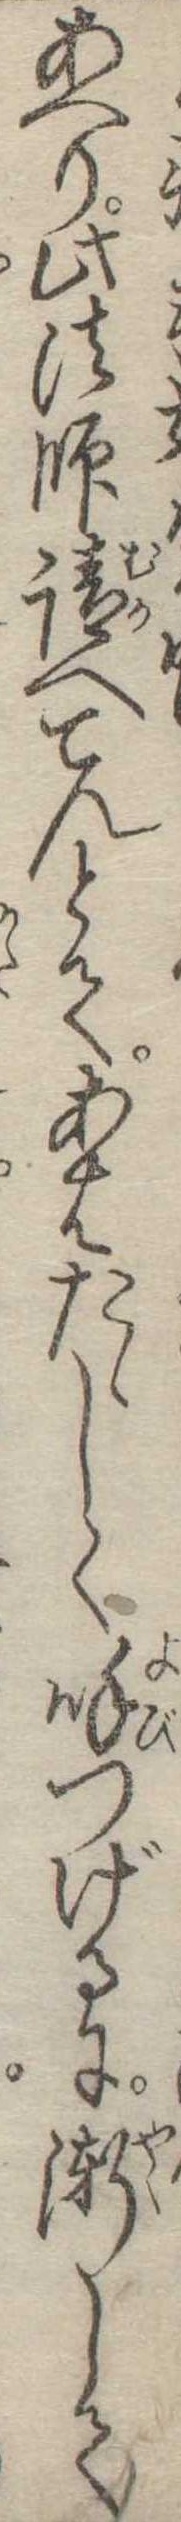
あへり此法師請へてんとてあはたゝしく呼つげるに漸して